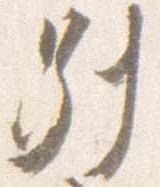
別